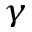
_ \gamma